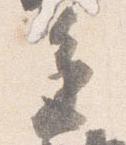
進